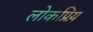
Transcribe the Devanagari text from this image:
लोकप्रिय़